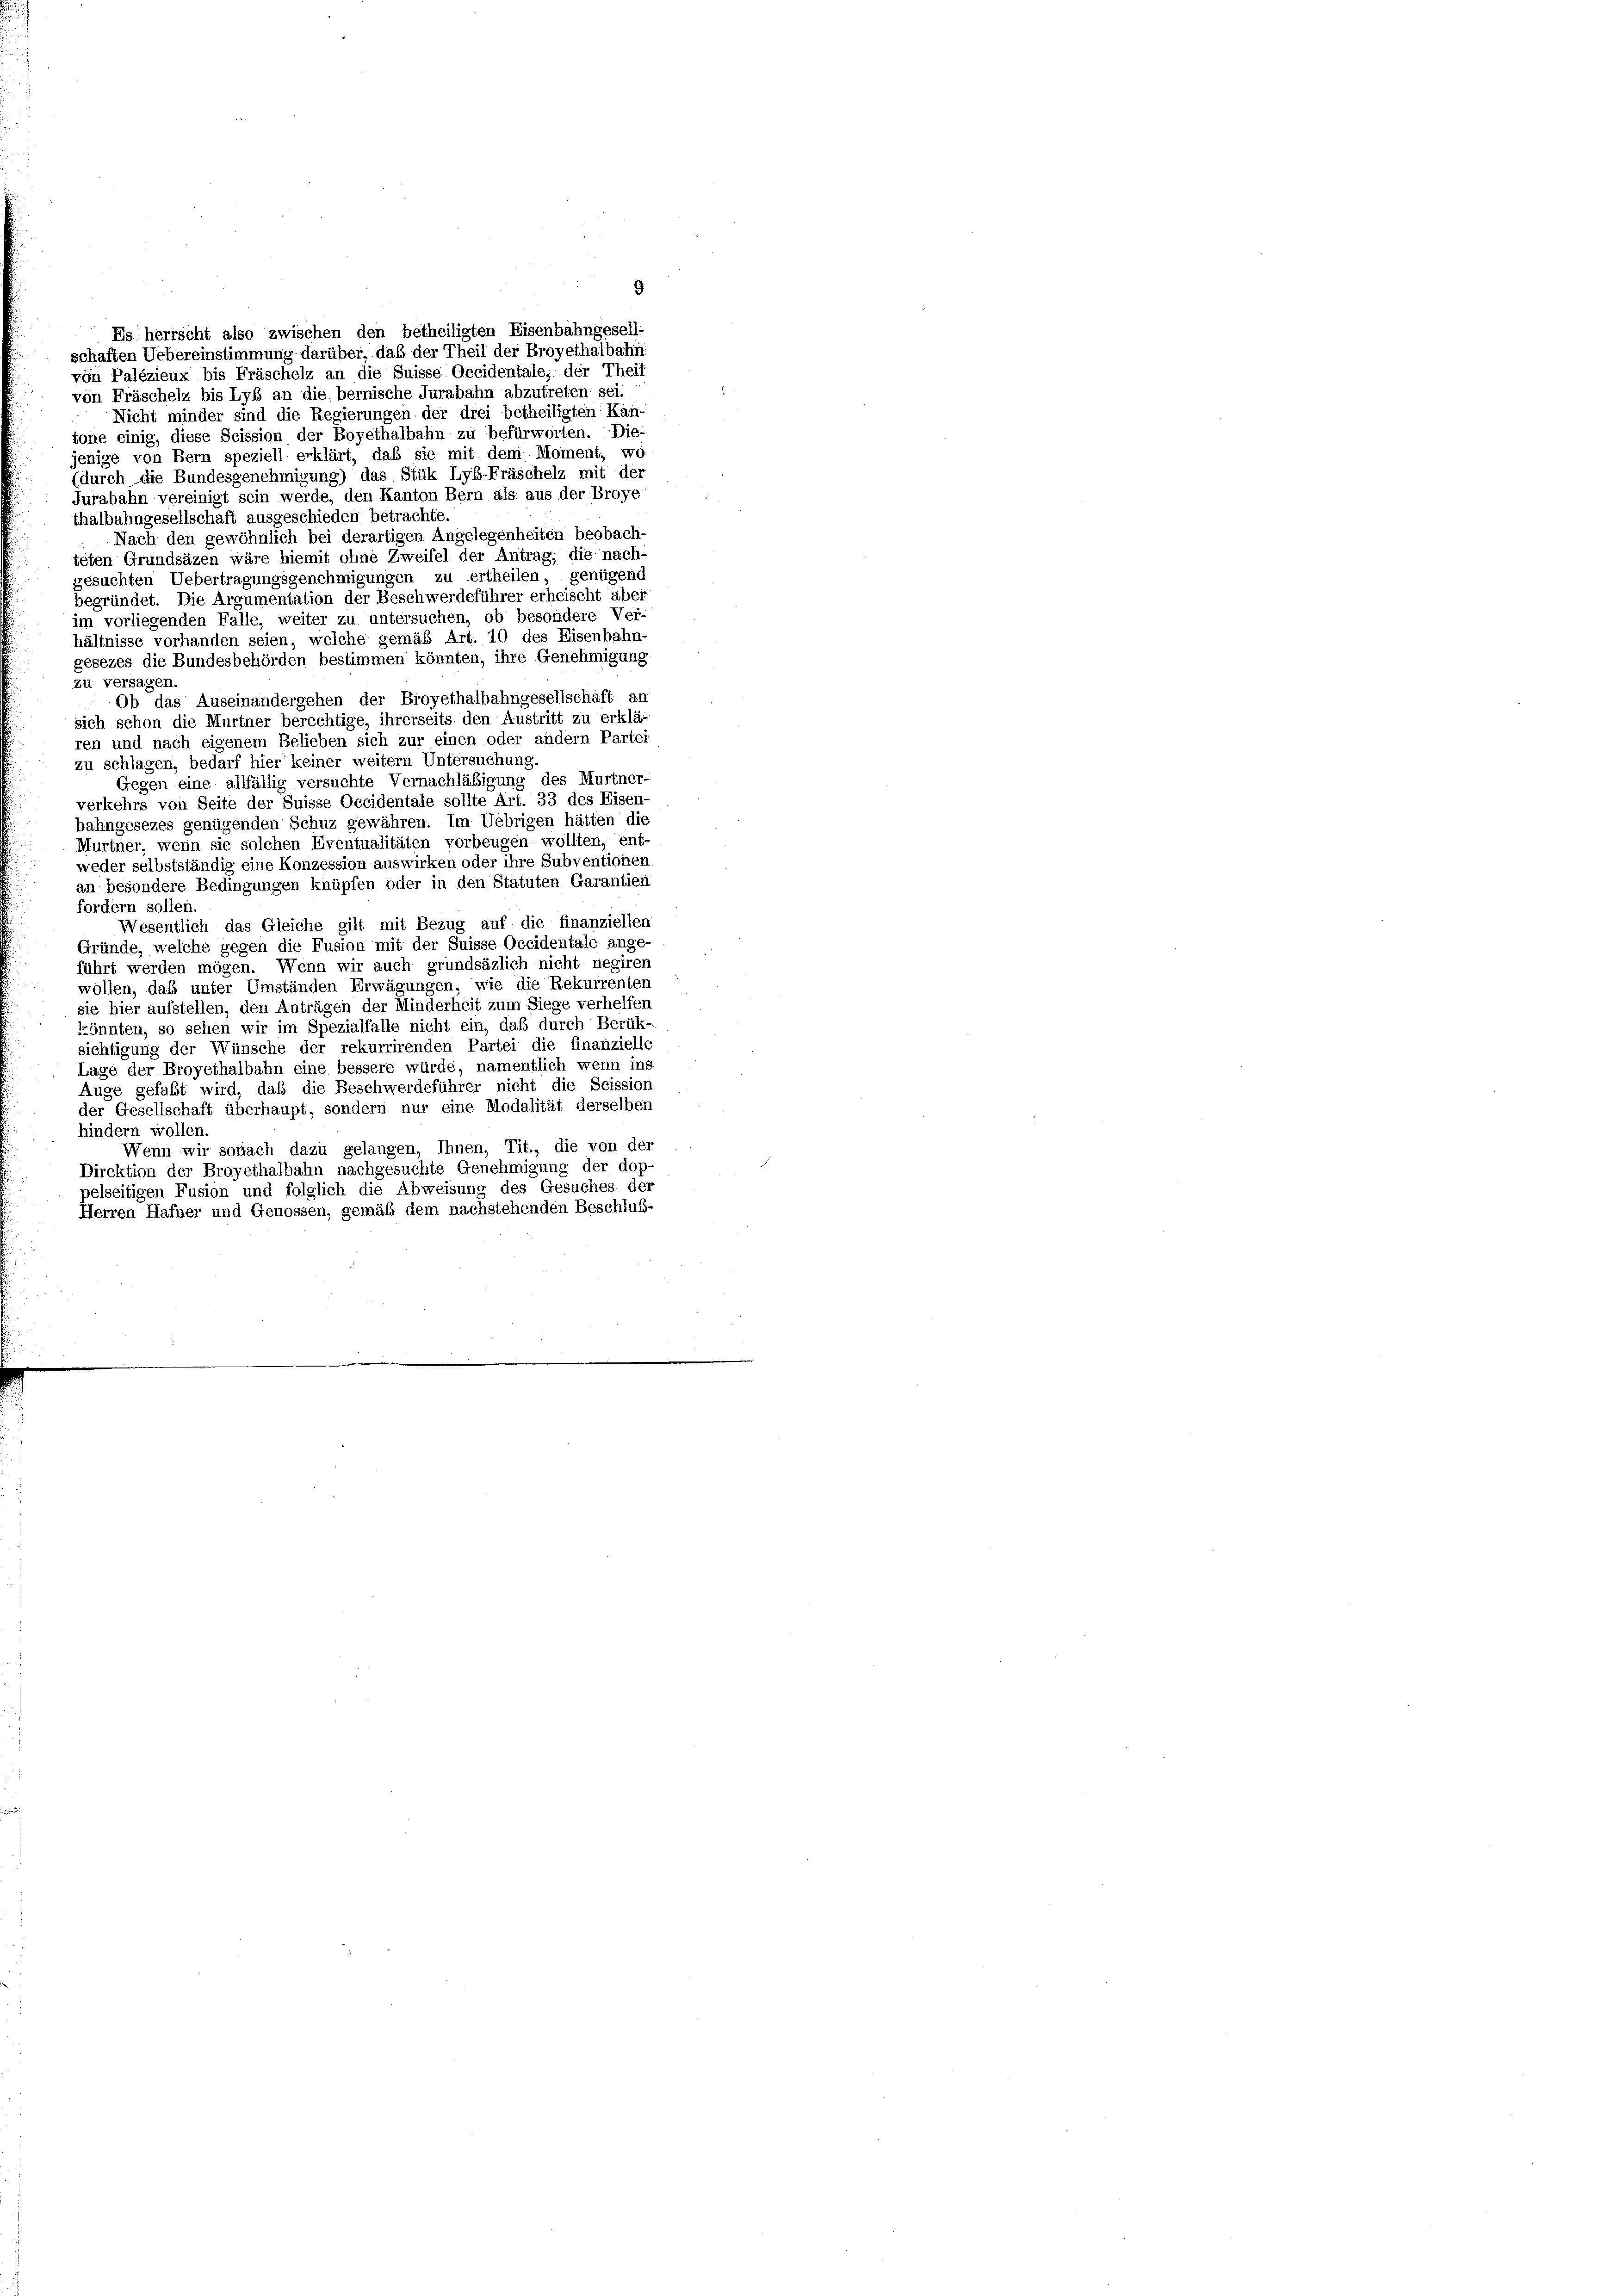
Es herrscht also zwischen den betheiligten Eisenbahngesell-
schaften Uebereinstimmung darüber, daß der Theil der Broyethalbahn.
von Palézieux bis Fräschelz an die Suisse Occidentale, der Theil
von Fräschelz bis Lyb an die bernische Jurabahn abzutreten sei.
Nicht minder sind die Regierungen der drei betheiligten Kan-
tone einig, diese Scission der Boyethalbahn zu befürworten. Die-
jenige von Bern speziell erklärt, daß sie mit dem Moment, wo
(durch die Bundesgenehmigung) das Stük Lyb-Fräschelz mit der
Jurabahn vereinigt sein werde, den Kanton Bern als aus der Broye
thalbahngesellschaft ausgeschieden betrachte.
Nach den gewöhnlich bei derartigen Angelegenheiten beobach-
teten Grundsäzen wäre hiemit ohne Zweifel der Antrag; die nach-
gesuchten Uebertragungsgenehmigungen zu ertheilen, genügend
begründet. Die Argumentation der Beschwerdeführer erheischt aber
im vorliegenden Falle, weiter zu untersuchen, ob besondere Ver-
hältnisse vorhanden seien, welche gemäß Art. 10 des Eisenbahn-
gesezes die Bundesbehörden bestimmen könnten, ihre Genehmigung
zu versagen.
Ob das Auseinandergehen der Broyethalbahngesellschaft an
sich schon die Murtner berechtige, ihrerseits den Austritt zu erklä-
ren und nach eigenem Belieben sich zur einen oder andern Partei
zu schlagen, bedarf hier keiner weitern Untersuchung.
Gegen eine allfällig versuchte Vernachläßigung des Murtner-
verkehrs von Seite der Suisse Occidentale sollte Art. 33 des Eisen-
bahngesezes genügenden Schuz gewähren. Im Uebrigen hätten die
Murtner, wenn sie solchen Eventualitäten vorbeugen wollten, ent-
weder selbstständig eine Konzession auswirken oder ihre Subventionen
an besondere Bedingungen knüpfen oder in den Statuten Garantien
fordern sollen.
Wesentlich das Gleiche gilt mit Bezug auf die finanziellen
Gründe, welche gegen die Fusion mit der Suisse Occidentale ange-
führt werden mögen. Wenn wir auch grundsäzlich nicht negiren
wollen, daß unter Umständen Erwägungen, wie die Rekurrenten
sie hier aufstellen, den Anträgen der Minderheit zum Siege verhelfen
könnten, so sehen wir im Spezialfalle nicht ein, daß durch Berük-
sichtigung der Wünsche der rekurrirenden Partei die finanzielle
Lage der Broyethalbahn eine bessere würde, namentlich wenn ins
Auge gefaßt wird, daß die Beschwerdeführer nicht die Scission
der Gesellschaft überhaupt, sondern nur eine Modalität derselben
hindern wollen.
Wenn wir sonach dazu gelangen, Ihnen, Tit., die von der
Direktion der Broyethalbahn nachgesuchte Genehmigung der dop-
pelseitigen Fusion und folglich die Abweisung des Gesuches der
Herren Hafner und Genossen, gemäß dem nachstehenden Beschluß-